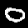
Digit: 0